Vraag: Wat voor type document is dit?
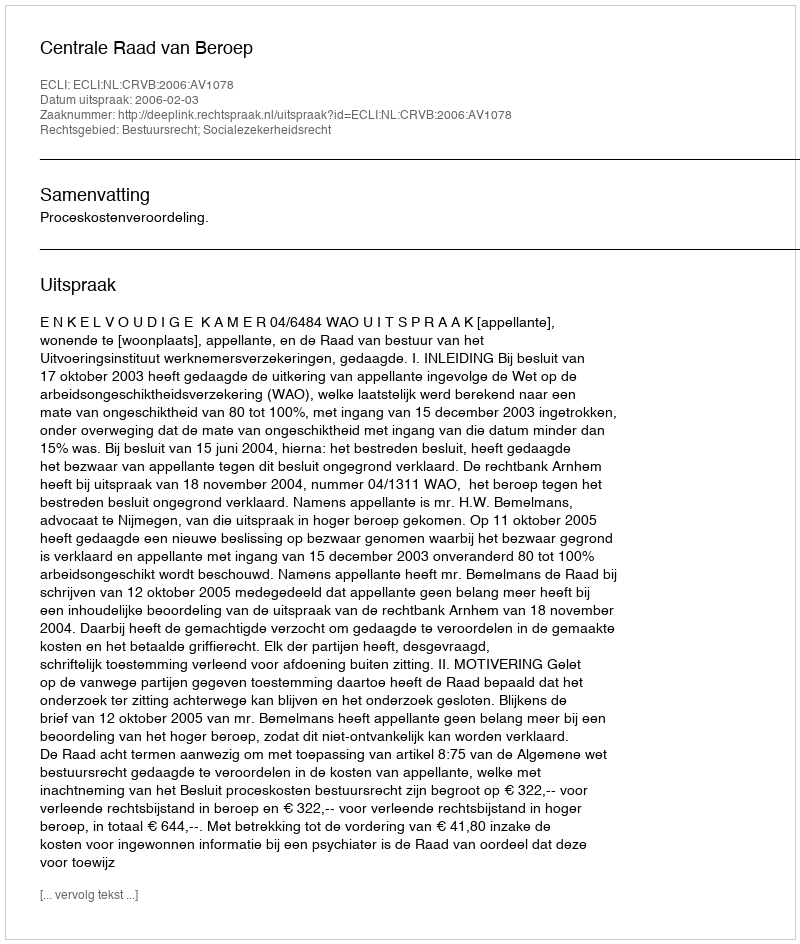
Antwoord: Uitspraak